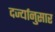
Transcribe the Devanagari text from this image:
दर्ज्यानुसार